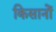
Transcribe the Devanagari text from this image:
किसानोें